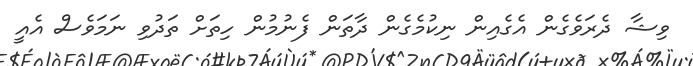
ވިޝާ ދެރަވެގެން އެގެއިން ނިކުމެގެން ދާތަން ފެނުމުން ހިތަށް ތަދުވި ނަމަވެސް އެއީ